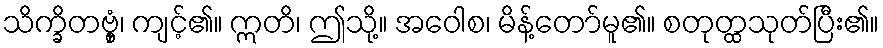
သိက္ခိတဗ္ဗှံ၊ ကျင့်၏။ ဣတိ၊ ဤသို့။ အဝေါစ၊ မိန့်တော်မူ၏။ စတုတ္ထသုတ်ပြီး၏။